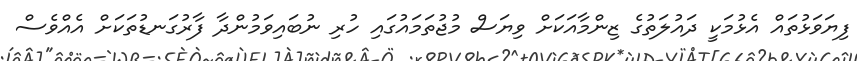
ފިޔަވަޅުތައް އެޅުމަކީ ދައުލަތުގެ ޒިންމާއަކަށް ވިޔަސް މުޖުތަމައުގައި ހުރި ނުބައިވަމުންދާ ފާރުގަނޑުތަކަށް އެއްވެސް